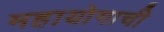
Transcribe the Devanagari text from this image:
महायोगाची